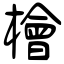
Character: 檜